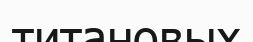
титановых